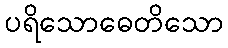
ပရိသောဓေတိသော